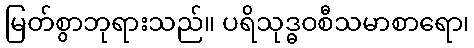
မြတ်စွာဘုရားသည်။ ပရိသုဒ္ဓဝစီသမာစာရော၊